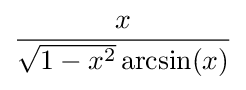
{\frac {x}{{\sqrt {1-x^{2}}}\arcsin(x)}}